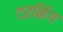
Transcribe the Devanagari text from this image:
टरनिंग